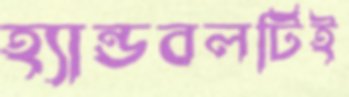
হ্যান্ডবলটিই